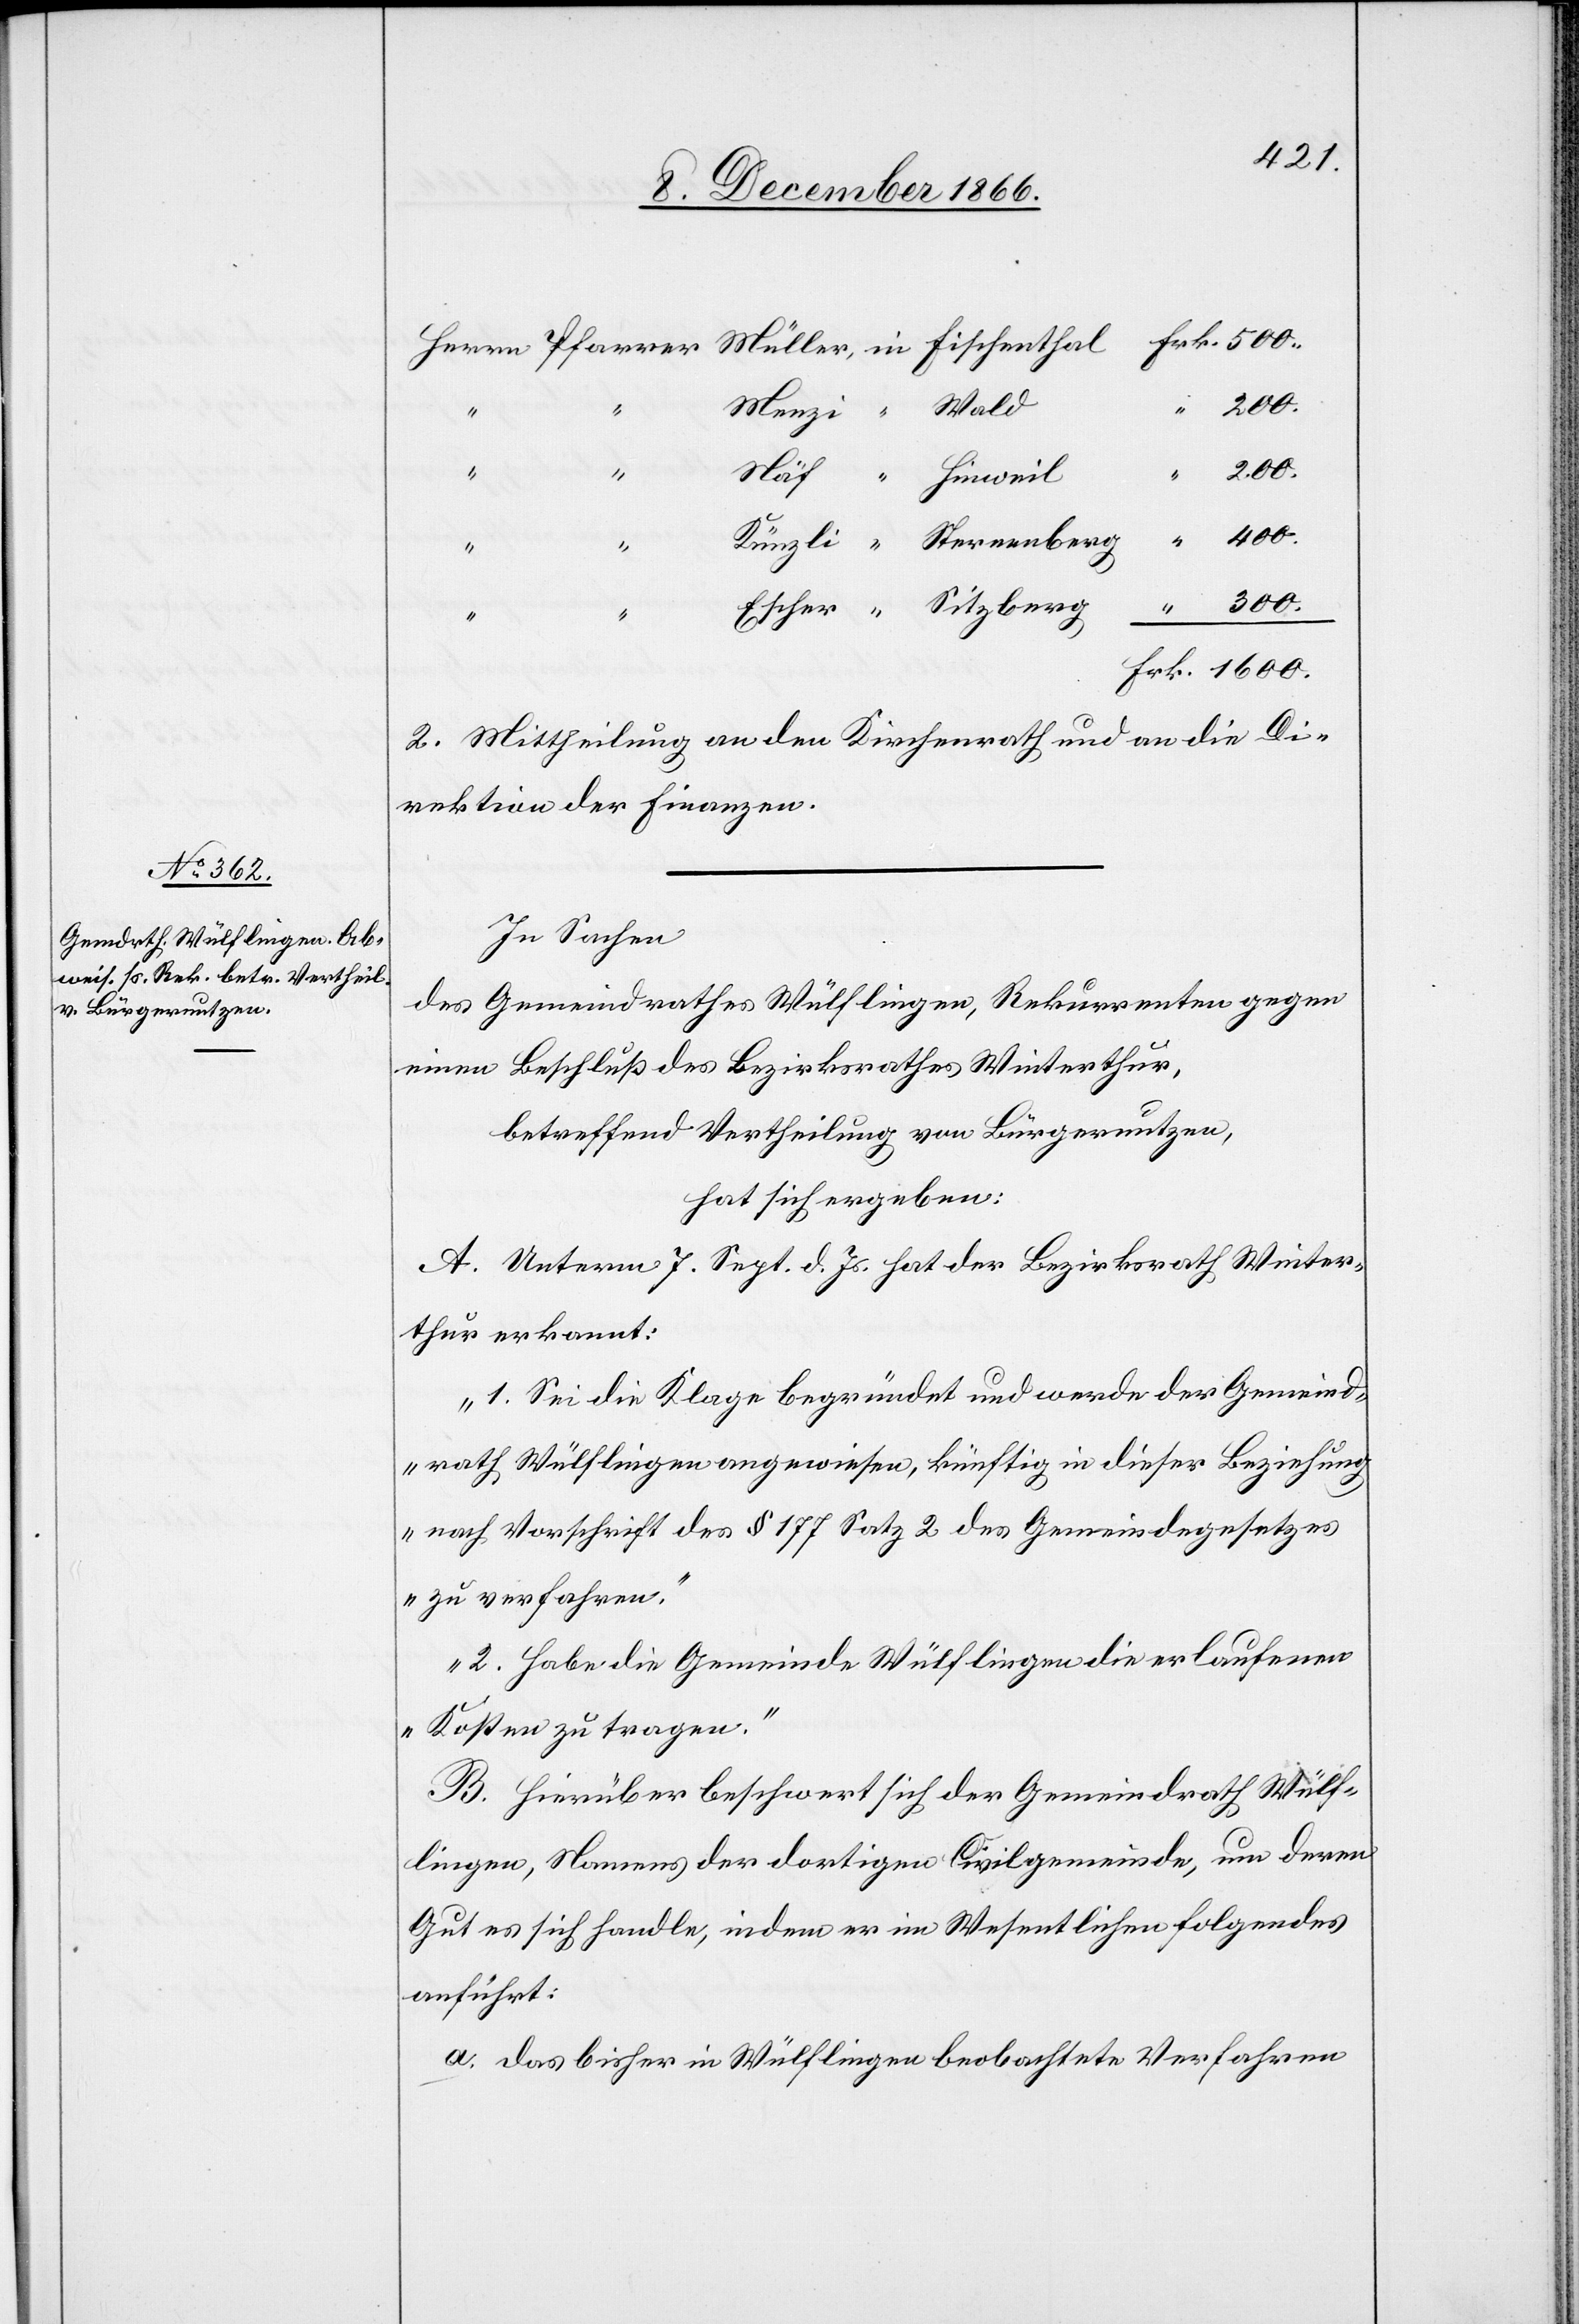
Frk.
1600.
“
2. Mittheilung an den Kirchenrath und an die Di¬
rektion der Finanzen.
In Sachen
des Gemeindrathes Wülflingen, Rekurrenten gegen
einen Beschluß des Bezirksrathes Winterthur,
betreffend Vertheilung von Bürgernutzen,
hat sich ergeben:
A. Unterm 7. Sept. d. Js. hat der Bezirksrath Winter¬
thur erkannt:
„1. Sei die Klage begründet und werde der Gemeind¬
rath Wülflingen angewiesen, künftig in dieser Beziehung
nach Vorschrift des § 177 Satz 2 des Gemeindegesetzes
zu verfahren.
2. Habe die Gemeinde Wülflingen die erlaufenen
Kosten zu tragen.“
B. Hierüber beschwert sich der Gemeindrath Wülf¬
lingen, Namens der dortigen Civilgemeinde, um deren
Gut es sich handle, indem er im Wesentlichen folgendes
anführt:
a. das bisher in Wülflingen beobachtete Verfahren